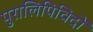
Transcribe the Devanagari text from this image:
पुरालिपिविदों